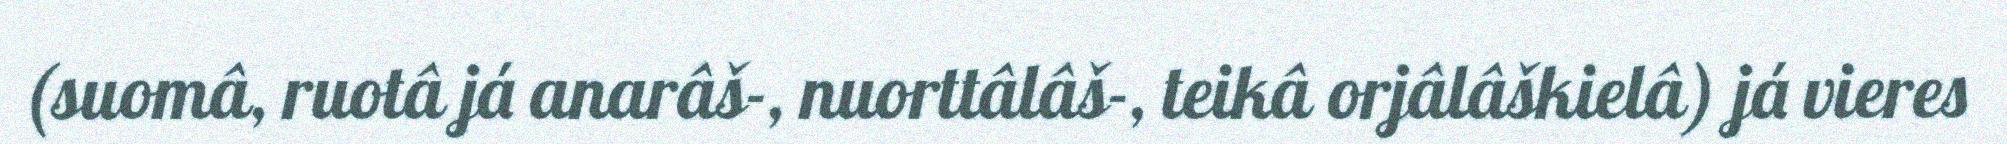
(suomâ, ruotâ já anarâš-, nuorttâlâš-, teikâ orjâlâškielâ) já vieres